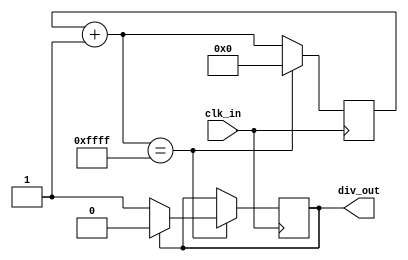
module clk_div(input clk_in, output reg div_out);

    parameter [31:0] DIVISION_RATE = 16'hFFFF;

    reg[31:0] counter;

    always @(posedge clk_in) begin
        counter = counter + 1'b1;

        if(counter == DIVISION_RATE) begin
            counter = 32'h00000000;

            div_out = div_out == 0 ? 1 : 0;
        end
    end

endmodule